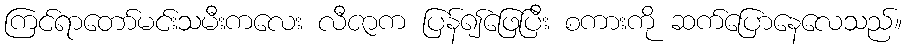
ကြင်ရာတော်မင်းသမီးကလေး လီဇာက ပြန်၍ဖြေပြီး စကားကို ဆက်ပြောနေလေသည်။